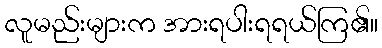
လူမည်းများက အားရပါးရရယ်ကြ၏။